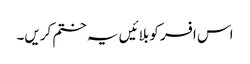
اس افسر کو بلائیں یہ ختم کریں۔